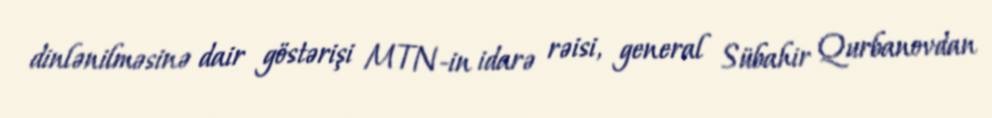
dinlənilməsinə dair göstərişi MTN-in idarə rəisi, general Sübahir Qurbanovdan